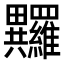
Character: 𤴏